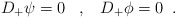
\begin{align*} D_{+}\psi=0 \;\;\;,\;\;\; D_{+}\phi=0 \;\;.\end{align*}